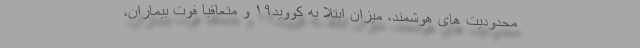
محدودیت های هوشمند، میزان ابتلا به کووید۱۹ و متعاقبا فوت بیماران،